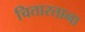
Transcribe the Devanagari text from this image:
चितारताना